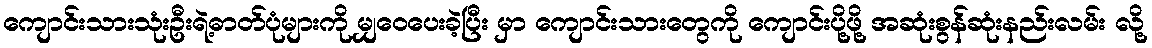
ကျောင်းသားသုံးဦးရဲ့ဓာတ်ပုံများကို မျှဝေပေးခဲ့ပြီး မှာ ကျောင်းသားတွေကို ကျောင်းပို့ဖို့ အဆုံးစွန်ဆုံးနည်းလမ်း လို့